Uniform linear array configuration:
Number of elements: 4
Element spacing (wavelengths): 0.75
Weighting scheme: hann
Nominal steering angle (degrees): -60
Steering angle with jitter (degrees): -61.632
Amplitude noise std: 0.05
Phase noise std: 0.05

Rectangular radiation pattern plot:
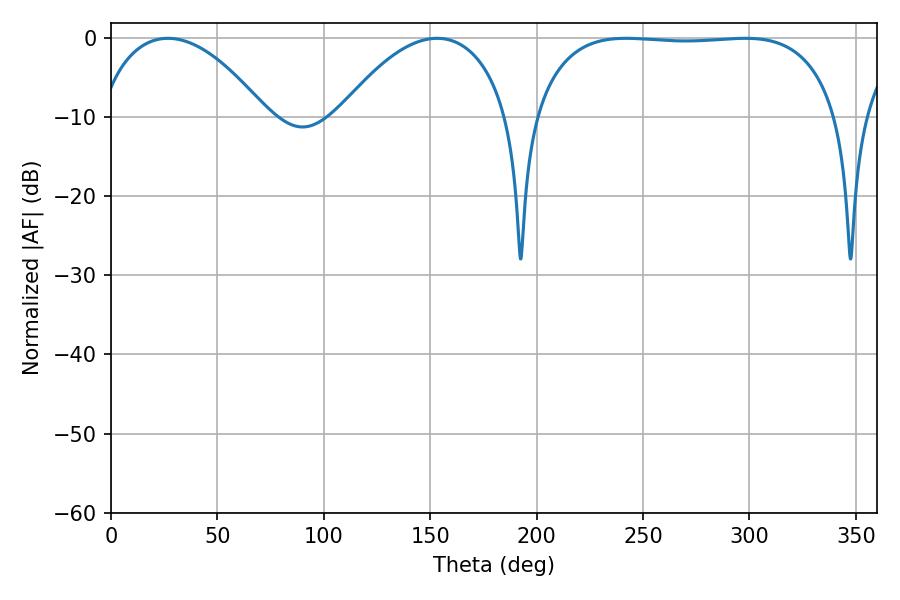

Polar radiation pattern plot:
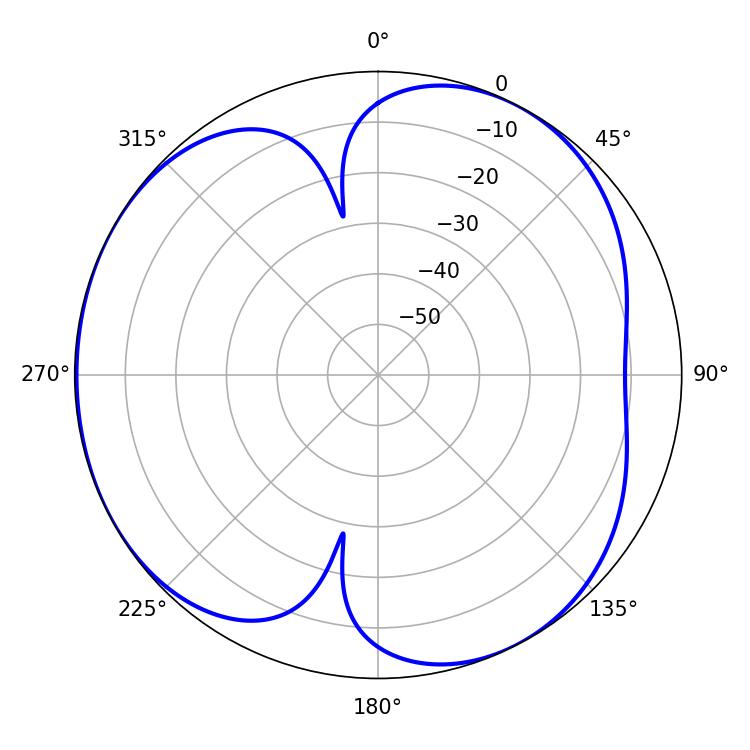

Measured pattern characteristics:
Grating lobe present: TRUE
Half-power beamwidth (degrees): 113.04
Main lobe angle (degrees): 241.92